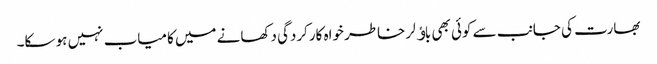
بھارت کی جانب سے کوئی بھی باﺅلر خاطر خواہ کارکردگی دکھانے میں کامیاب نہیں ہو سکا۔